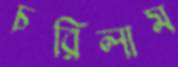
চরিলাম